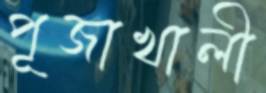
পূজাখালী